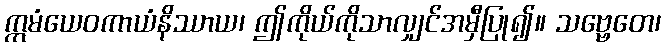
ဣမံယေဝကာယံနိဿာယ၊ ဤကိုယ်ကိုသာလျှင်အမှီပြု၍။ သဗ္ဗေတေ၊